Rangoon Lunatic Asylum 1898-1906 - 1898-1906
Year: 1898
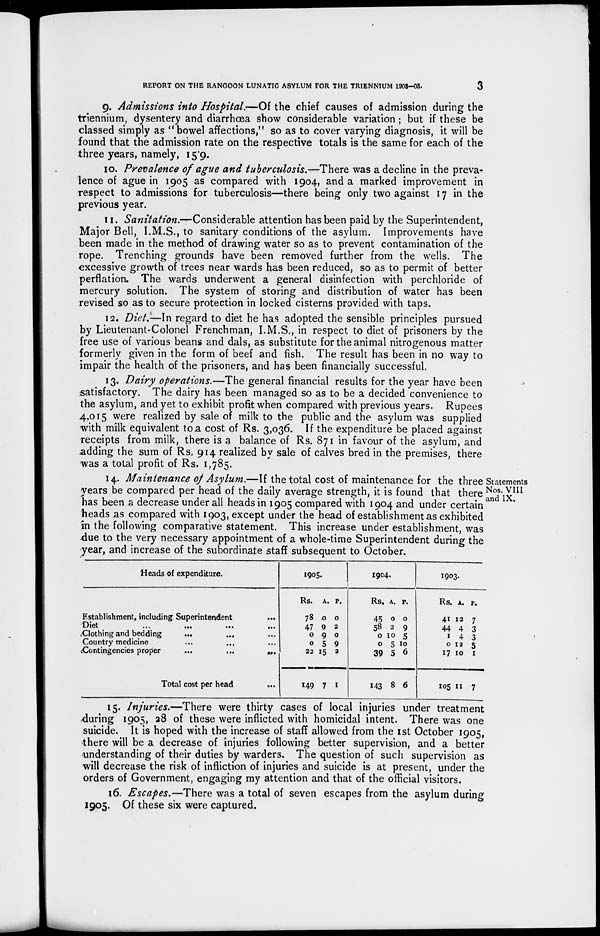
REPORT ON THE RANGOON LUNATIC ASYLUM FOR THE TRIENNIUM 1903-05.
3
9. Admissions into Hospital.-—Of the chief causes of admission during the
triennium, dysentery and diarrhœa show considerable variation ; but if these be
classed simply as "bowel affections," so as to cover varying diagnosis, it will be
found that the admission rate on the respective totals is the same for each of the
three years, namely, 15.9.
10. Prevalence of ague and tuberculosis.—There was a decline in the preva-
lence of ague in 1905 as compared with 1904, and a marked improvement in
respect to admissions for tuberculosis—there being only two against 17 in the
previous year.
11. Sanitation.—Considerable attention has been paid by the Superintendent,
Major Bell, I.M.S., to sanitary conditions of the asylum. Improvements have
been made in the method of drawing water so as to prevent contamination of the
rope. Trenching grounds have been removed further from the wells. The
excessive growth of trees near wards has been reduced, so as to permit of better
perflation. The wards underwent a general disinfection with perchloride of
mercury solution. The system of storing and distribution of water has been
revised so as to secure protection in locked cisterns provided with taps.
12. Diet.—In regard to diet he has adopted the sensible principles pursued
by Lieutenant-Colonel Frenchman, I.M.S., in respect to diet of prisoners by the
free use of various beans and dals, as substitute for the animal nitrogenous matter
formerly given in the form of beef and fish. The result has been in no way to
impair the health of the prisoners, and has been financially successful.
13. Dairy operations.—The general financial results for the year have been
satisfactory. The dairy has been managed so as to be a decided convenience to
the asylum, and yet to exhibit profit when compared with previous years. Rupees
4,015 were realized by sale of milk to the public and the asylum was supplied
with milk equivalent to a cost of Rs. 3,036. If the expenditure be placed against
receipts from milk, there is a balance of Rs. 871 in favour of the asylum, and
adding the sum of Rs. 914 realized by sale of calves bred in the premises, there
was a total profit of Rs. 1,785.
Statements
Nos. VIII
and IX.
14. Maintenance of Asylum.—If the total cost of maintenance for the three
years be compared per head of the daily average strength, it is found that there
has been a decrease under all heads in 1905 compared with 1904 and under certain
heads as compared with 1903, except under the head of establishment as exhibited
in the following comparative statement. This increase under establishment, was
due to the very necessary appointment of a whole-time Superintendent during the
year, and increase of the subordinate staff subsequent to October.
Heads of expenditure.
Establishment, including Superintendent ...
Diet
...
...
...
...
Clothing and bedding ... ... ... ...
Country medicine
...
... ... ...
Contingencies proper
...
...
...
Total cost per head ...
1905.
Rs.
78
47
0
0
22
149
A.
0
9
9
5
15
7
P.
0
2
0
9
2
1
1904.
Rs.
45
58
0
0
39
143
A.
0
2
10
5
5
8
P.
0
9
5
10
6
6
1903.
Rs.
41
44
1
0
17
105
A.
12
4
4
12
10
11
P.
7
3
3
5
1
7
15. Injuries.—There were thirty cases of local injuries under treatment
during 1905, 28 of these were inflicted with homicidal intent. There was one
suicide. It is hoped with the increase of staff allowed from the 1st October 1905,
there will be a decrease of injuries following better supervision, and a better
understanding of their duties by warders. The question of such supervision as
will decrease the risk of infliction of injuries and suicide is at present, under the
orders of Government, engaging my attention and that of the official visitors.
16. Escapes.—There was a total of seven escapes from the asylum during
1905. Of these six were captured.